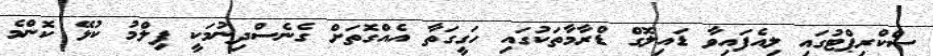
ސްކްރިޕްޓުގައި ލިއެފައިވާ ޑައިލޮގް ޑްރާމާތަކުގައި ހަގީގަތާ އެއްގޮތަށް ގެނެސްދިނުމަކީ ފިލްމު ކުޅޭ ކޮންމެ